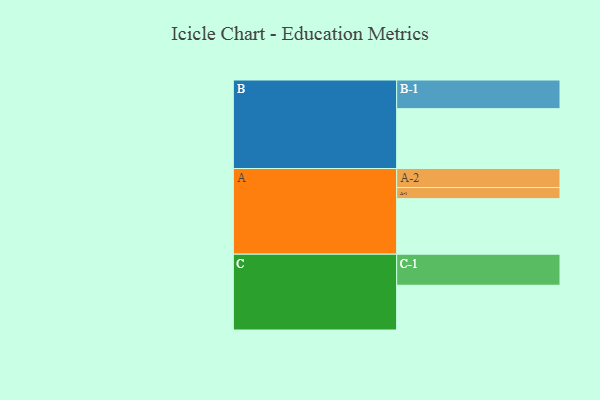
{"axis": {"x": "Segment", "y": "Value"}, "legend": ["", "A", "B", "C"], "data": [{"x": "A", "y": 467, "type": ""}, {"x": "B", "y": 503, "type": ""}, {"x": "C", "y": 376, "type": ""}, {"x": "A-1", "y": 93, "type": "A"}, {"x": "A-2", "y": 160, "type": "A"}, {"x": "B-1", "y": 241, "type": "B"}, {"x": "C-1", "y": 261, "type": "C"}]}